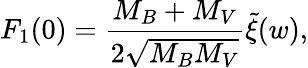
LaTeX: F_{1}(0)=\frac{M_{B}+M_{V}}{2\sqrt{M_{B}M_{V}}}\tilde{\xi}(w),